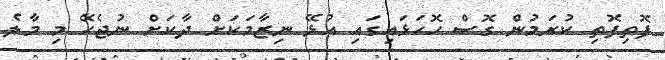
ފޮތިފޮތި ކުރަމުން ގޮސް ހޮހަޅައިގައި އުޅޭ ނިޒާމަކަށް ދާކަށް ނުޖެހޭ މި މާލެ